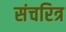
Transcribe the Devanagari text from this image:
संचरित्र